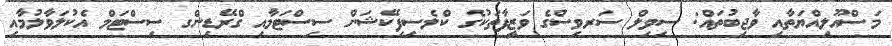
މަސްއޫލިއްޔަތާއި ވާޖިބުތައް: ސިވިލް ސަރވިސްގެ ވަޒީފާތަކުގެ ކްލެސިފިކޭޝަން ސިސްޓަމާއި ގްރޭޑިންގ ސިސްޓަމް އެކުލަވާލުމާއި